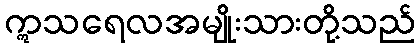
ဣသရေလအမျိုးသားတို့သည်